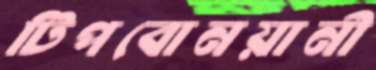
টিপবোনয়ানী